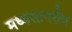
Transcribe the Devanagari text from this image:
मध्यसागरीय